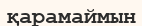
қарамаймын